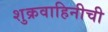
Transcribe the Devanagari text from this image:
शुक्रवाहिनीची